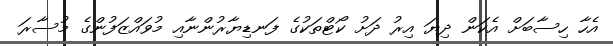
އެހާ ހިސާބަށް އެކަން ދިޔަ އިރު ދަށު ކޯޓްތަކުގެ ފަނޑިޔާރުންނާއި މުވައްޒަފުންގެ މުސާރަ